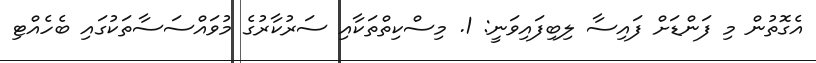
އެގޮތުން މި ފަންޑަށް ފައިސާ ލިބިފައިވަނީ: 1. މިސްކިތްތަކާއި ސަރުކާރުގެ މުވައްސަސާތަކުގައި ބެހެއްޓި